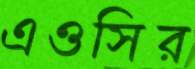
এওসির